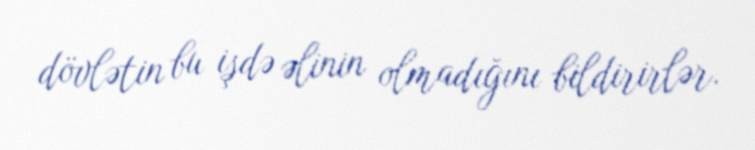
dövlətin bu işdə əlinin olmadığını bildirirlər.